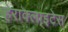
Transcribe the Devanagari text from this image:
हेराक्लाइटेस